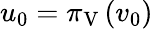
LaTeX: u_{0}=\pi_{\mathrm{V}}\left(v_{0}\right)